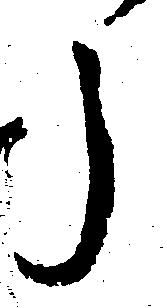
う